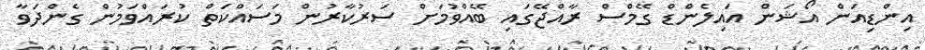
އިންޑިއަން އޯޝަން އައިލެންޑް ގޭމްސް ރާއްޖޭގައި ބޭއްވުމަށް ސަރުކާރުން މަސައްކަތް ކުރައްވަމުން ގެންދަވާ